Indian journal of veterinary science and animal husbandry - Volume 3,
Year: 1933
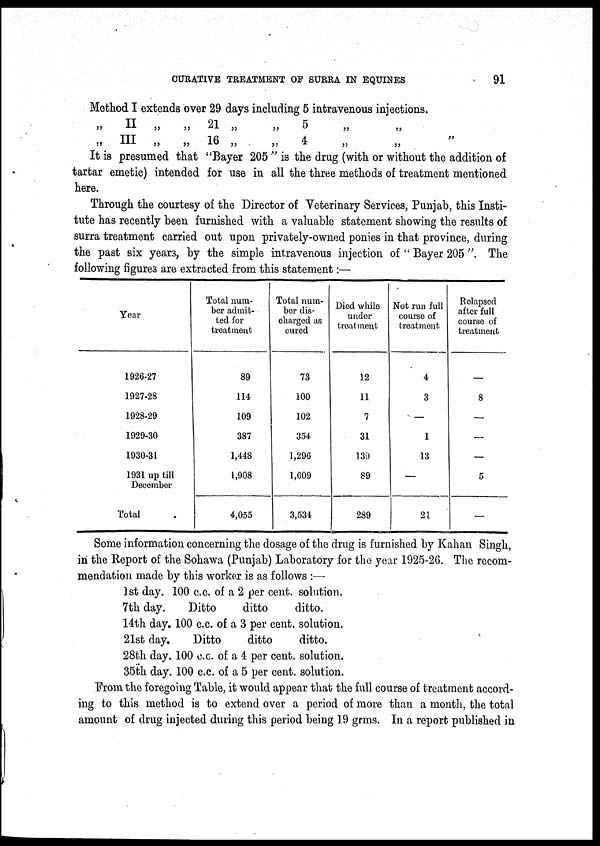
CURATIVE TREATMENT OF SURRA IN EQUINES
91
Method I extends over 29 days including 5 intravenous injections.
„
„
II
III
„
„
„
„
21
16
„
„
„
„
5
4
„
„
„
„
„
It is presumed that "Bayer 205 " is the drug (with or without the addition of
tartar emetic) intended for use in all the three methods of treatment mentioned
here.
Through the courtesy of the Director of Veterinary Services, Punjab, this Insti-
tute has recently been furnished with a valuable statement showing the results of
surra treatment carried out upon privately-owned ponies in that province, during
the past six years, by the simple intravenous injection of " Bayer 205 ". The
following figures are extracted from this statement:—
Year
1926-27
1927-28
1928-29
1929-30
1930-31
1931 up till
December
Total
Total num-
ber admit-
ted for
treatment
89
114
109
387
1,448
1,908
4,055
Total num-
ber dis-
charged as
cured
73
100
102
354
1,296
1,609
3,534
Died while
under
treatment
12
11
7
31
139
89
289
Not run full
course of
treatment
4
3
—
1
13
—
21
Relapsed
after full
course of
treatment
—
8
—
—
—
5
—
Some information concerning the dosage of the drug is furnished by Kahan Singh,
in the Report of the Sohawa (Punjab) Laboratory for the year 1925-26. The recom-
mendation made by this worker is as follows :—
1st day.
7th day.
14th day.
21st day.
28th day.
35th day.
100 c.c. of a 2 per cent. solution.
Ditto
ditto
ditto.
100 c.c. of a 3 per cent. solution.
Ditto
ditto
ditto.
100 C.C. of a 4 per cent. solution.
100 c.c. of a 5 per cent. solution.
From the foregoing Table, it would appear that the full course of. treatment accord-
ing to this method is to extend over a period of more than a month, the total
amount of drug injected during this period being 19 grms. In a report published in